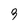
Character: 3